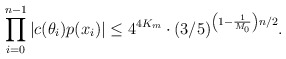
\begin{align*}\prod \limits_{i=0}^{n-1} |c(\theta_i)p(x_i)| \leq 4^{4K_m} \cdot (3/5)^{\left(1 - \frac1{M_0} \right)n/2}.\end{align*}